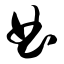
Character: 曲